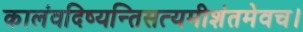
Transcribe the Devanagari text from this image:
कालंवदिष्यन्तिसत्यमीशंतमेवच।